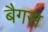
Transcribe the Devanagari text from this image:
बैगस